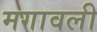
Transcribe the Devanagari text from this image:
मगावली